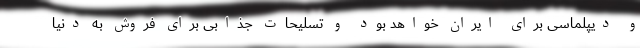
و دیپلماسی برای ایران خواهد بود و تسلیحات جذابی برای فروش به دنیا